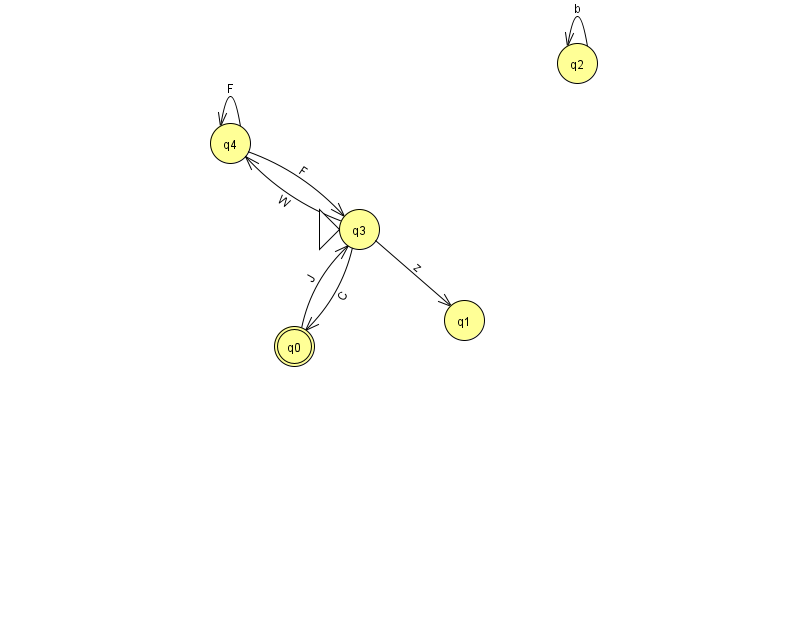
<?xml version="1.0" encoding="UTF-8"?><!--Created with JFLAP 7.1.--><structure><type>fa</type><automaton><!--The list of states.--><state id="0" name="q0"><x>294.0</x><y>333.0</y><final/></state><state id="1" name="q1"><x>464.0</x><y>307.0</y></state><state id="2" name="q2"><x>577.0</x><y>50.0</y></state><state id="3" name="q3"><x>359.0</x><y>216.0</y><initial/></state><state id="4" name="q4"><x>230.0</x><y>130.0</y></state><!--The list of transitions.--><transition><from>0</from><to>3</to><read>J</read></transition><transition><from>2</from><to>2</to><read>b</read></transition><transition><from>3</from><to>1</to><read>z</read></transition><transition><from>4</from><to>4</to><read>F</read></transition><transition><from>3</from><to>0</to><read>C</read></transition><transition><from>3</from><to>4</to><read>W</read></transition><transition><from>4</from><to>3</to><read>F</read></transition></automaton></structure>